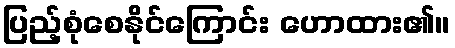
ပြည့်စုံစေနိုင်ကြောင်း ဟောထား၏။